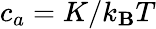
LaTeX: c_{a}=K/k_{\mathbf{B}}T